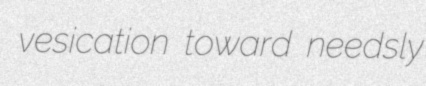
vesication toward needsly